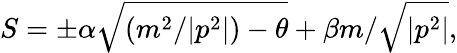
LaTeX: S=\pm\alpha\sqrt{(m^{2}/|p^{2}|)-\theta}+\beta m/\sqrt{|p^{2}|},